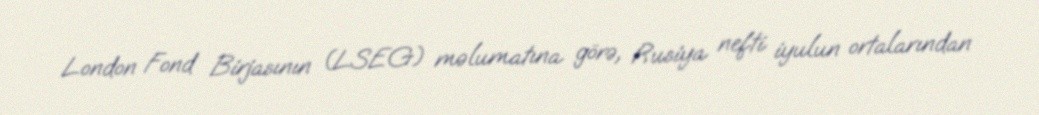
London Fond Birjasının (LSEG) məlumatına görə, Rusiya nefti iyulun ortalarından